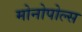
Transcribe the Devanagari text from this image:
मोनोपोल्स